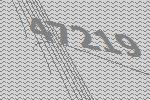
47219